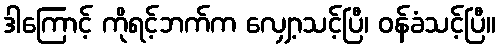
ဒါကြောင့် ကိုရင့်ဘက်က လျှော့သင့်ပြီ၊ ဝန်ခံသင့်ပြီ။